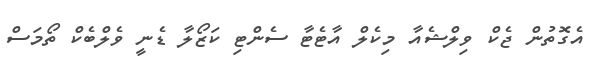
އެގޮތުން ޖެކް ވިިލްޝެއާ މިކެލް އާޓެޓާ ސެންޓި ކަޒޯލާ ޑެނީ ވެލްބެކް ތޯމަސް